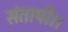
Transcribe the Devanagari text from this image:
संतापी।।